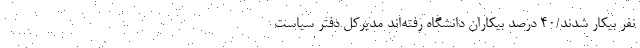
نفر بیکار شدند/40 درصد بیکاران دانشگاه رفته‌اند مدیرکل دفتر سیاست